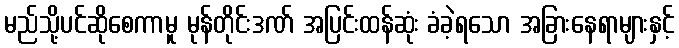
မည်သို့ပင်ဆိုစေကာမူ မုန်တိုင်းဒဏ် အပြင်းထန်ဆုံး ခံခဲ့ရသော အခြားနေရာများနှင့်